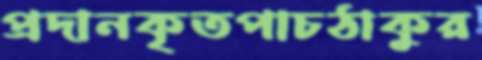
প্রদানকৃতপাচঠাকুর